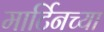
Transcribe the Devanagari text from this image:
मार्टिनच्या